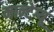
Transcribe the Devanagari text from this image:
मान्टेग्यू